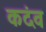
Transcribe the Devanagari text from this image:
कदंव